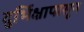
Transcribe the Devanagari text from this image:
दुर्भिक्षापासून